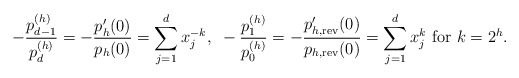
\begin{align*}-\frac{p_{d-1}^{(h)}}{p_{d}^{(h)}}=-\frac{p'_h(0)}{p_h(0)}=\sum_{j=1}^dx_j^{-k},~-\frac{p_{1}^{(h)}}{p_{0}^{(h)}}=-\frac{p'_{h,{\rm rev}}(0)}{p_{h,{\rm rev}}(0)}=\sum_{j=1}^dx_j^{k}~{\rm for}~k=2^h.\end{align*}